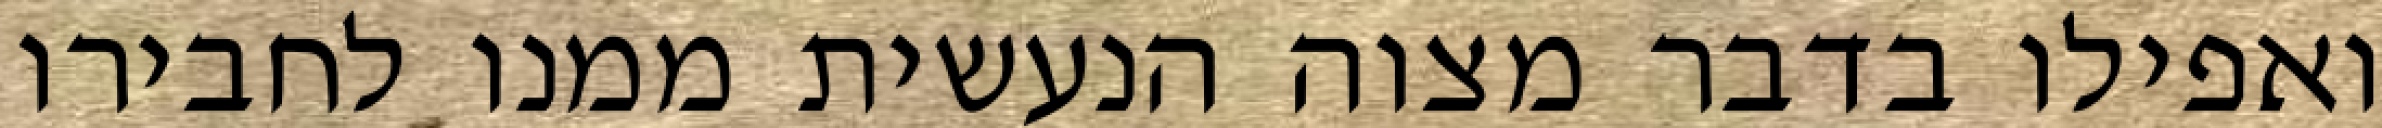
ואפילו בדבר מצוה הנעשית ממנו לחבירו